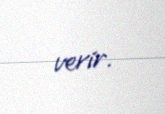
verir.